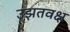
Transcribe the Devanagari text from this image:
उझतवक्ष